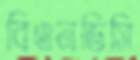
বিএনডিসি